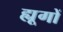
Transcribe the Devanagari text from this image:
ह्यूगों